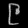
Digit: ၉